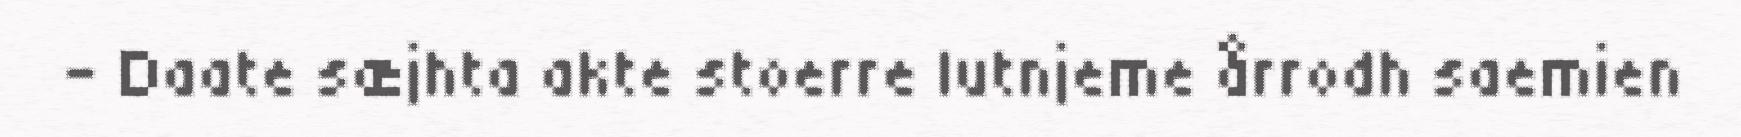
– Daate sæjhta akte stoerre lutnjeme årrodh saemien